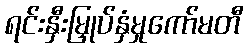
ရင်းနှီးမြှုပ်နှံမှုကော်မတီ